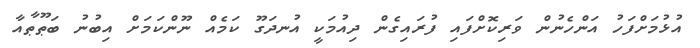
އުޅުމަށްފަހު އަންހެނުން ވަރިކޮށްފައި ފުރައިގެން ދިއުމަކީ އުނދަގޫ ކަމެއް ނޫންކަމަށް އިބުނު ބަޠޫޠާއާ